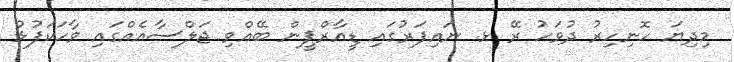
މިދިޔަ ހޮނިހިރު ދުވަހު ރޭ ޅ. ނައިފަރުގައި ޑީއާރްޕީން ބޭއްވި ޖަލްސާއެއްގައި ވާހަކަފުޅު